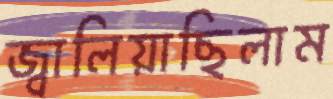
জ্বালিয়াছিলাম